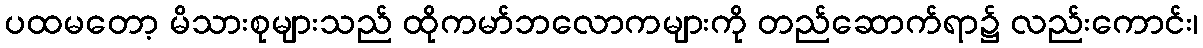
ပထမတော့ မိသားစုများသည် ထိုကမာ်ဘလောကများကို တည်ဆောက်ရာ၌ လည်းကောင်း၊